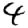
Digit: 4